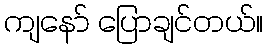
ကျနော် ပြောချင်တယ်။